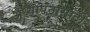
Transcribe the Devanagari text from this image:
अध्यापनासाठी